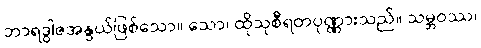
ဘာရဒွါဇအနွယ်ဖြစ်သော။ သော၊ ထိုသုစီရတပုဏ္ဏားသည်။ သမ္ဘဝဿ၊